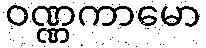
ဝဏ္ဏကာမော